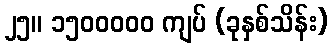
၂၅။ ၁၅၀၀၀၀၀ ကျပ် (ခုနှစ်သိန်း)